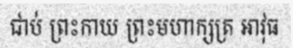
ជាប់ ព្រះកាយ ព្រះមហាក្សត្រ អាវុធ